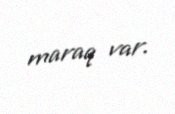
maraq var.